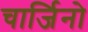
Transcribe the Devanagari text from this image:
चार्जिनो